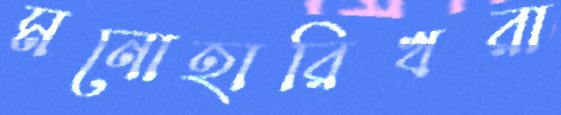
মনোহারিখরা